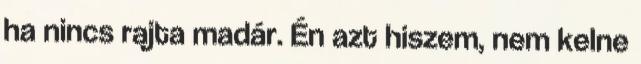
ha nincs rajta madár. Én azt hiszem, nem kelne